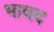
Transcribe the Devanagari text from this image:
भावद